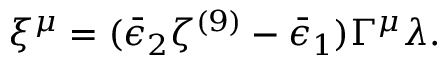
\xi ^ { \mu } = ( \bar { \epsilon } _ { 2 } \zeta ^ { ( 9 ) } - \bar { \epsilon } _ { 1 } ) \Gamma ^ { \mu } \lambda .